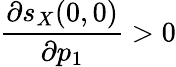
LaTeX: \frac{\partial s_{X}(0,0)}{\partial p_{1}}>0